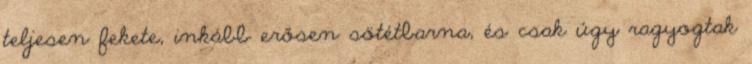
teljesen fekete, inkább erősen sötétbarna, és csak úgy ragyogtak